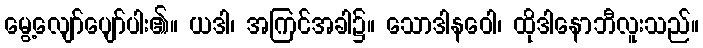
မွေ့လျော်ပျော်ပါး၏။ ယဒါ၊ အကြင်အခါ၌။ သောဒါနဝေါ၊ ထိုဒါနောဘီလူးသည်။